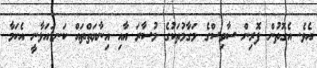
އެވެ. އެގޮތުން ފޮރިން ސާވިސްގެ މަގާމުތަކުގެ މުސާރަ އާއި އިނާޔަތްތައް ކަނޑައަޅާނީ އެކަމާ